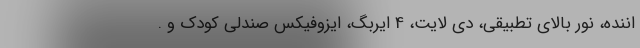
اننده، نور بالای تطبیقی، دی لایت، 4 ایربگ، ایزوفیکس صندلی کودک و .